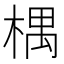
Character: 𣕃